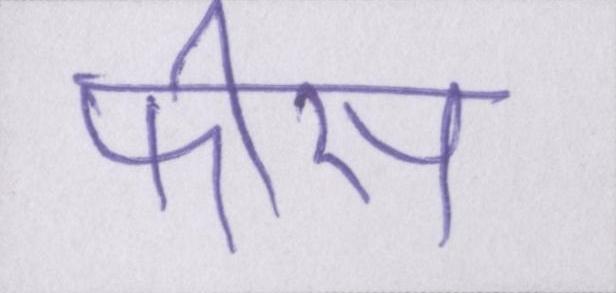
फीस